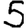
Digit: 5